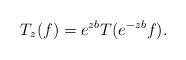
LaTeX: \begin{align*} T_z(f) = e^{zb} T(e^{-zb}f). \end{align*}